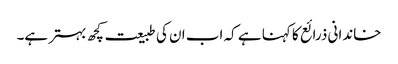
خاندانی ذرائع کا کہنا ہے کہ اب ان کی طبیعت کچھ بہتر ہے۔